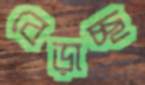
বেড়াচ্ছ